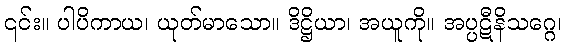
၎င်း။ ပါပိကာယ၊ ယုတ်မာသော။ ဒိဋ္ဌိယာ၊ အယူကို။ အပ္ပဋီနိသဂ္ဂေ၊